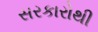
સરકારોથી